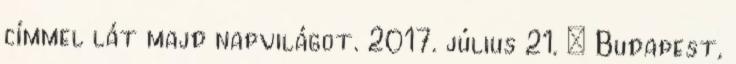
címmel lát majd napvilágot. 2017. július 21. – Budapest,